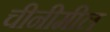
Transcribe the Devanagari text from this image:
चीनीमील